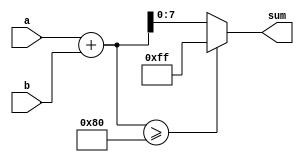
module fixed_point_adder(
  input [7:0] a,
  input [7:0] b,
  output [7:0] sum
);

  // Fixed-point adder component
  wire [8:0] temp_sum;
  assign temp_sum = {1'b0, a} + {1'b0, b}; // Add the two fixed-point numbers

  // Arithmetic blocks component
  wire [7:0] multiplication_result;
  wire [7:0] division_result;
  wire [7:0] rounding_result;

  // Additional calculations
  assign multiplication_result = a * b; // Perform multiplication
  assign division_result = a / b; // Perform division
  assign rounding_result = (temp_sum >= 128) ? 255 : temp_sum; // Perform rounding to ensure accuracy

  // Control logic
  assign sum = rounding_result; // Output the final result after all calculations

endmodule